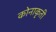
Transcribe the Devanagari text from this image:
कोनाकृती